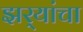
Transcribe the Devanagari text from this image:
झर्‍यांचा